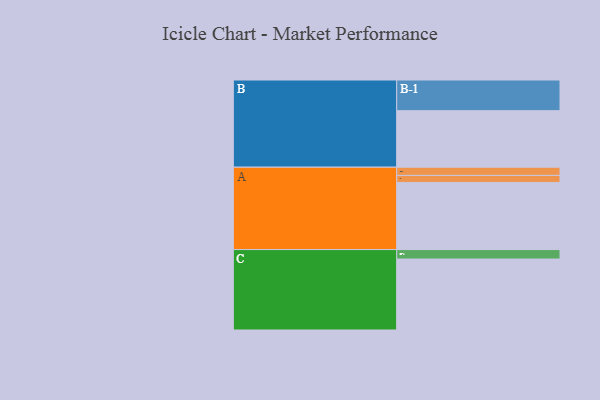
{"axis": {"x": "Segment", "y": "Value"}, "legend": ["", "A", "B", "C"], "data": [{"x": "A", "y": 525, "type": ""}, {"x": "B", "y": 442, "type": ""}, {"x": "C", "y": 555, "type": ""}, {"x": "A-1", "y": 55, "type": "A"}, {"x": "A-2", "y": 64, "type": "A"}, {"x": "B-1", "y": 240, "type": "B"}, {"x": "C-1", "y": 74, "type": "C"}]}